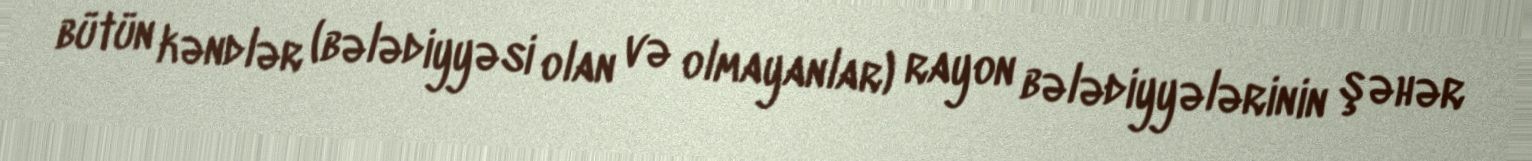
bütün kəndlər (bələdiyyəsi olan və olmayanlar) rayon bələdiyyələrinin şəhər